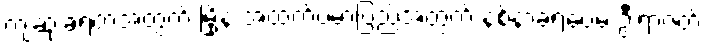
ကျဆုံးခဲ့ရတဲ့အတွက် မြို့နဲ့ အထက်ဗမာပြည်အတွက် နစ်နာခဲ့ရပေမဲ့ ဦးရာဇတ်